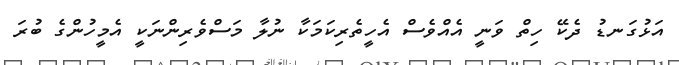
އަޅުގަނޑު ދެކޭ ހިތް ވަނީ އެއްވެސް އެހީތެރިކަމަކާ ނުލާ މަސްވެރިންނަކީ އެމީހުންގެ ބުރަ